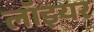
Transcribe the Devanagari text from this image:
लॉइयर